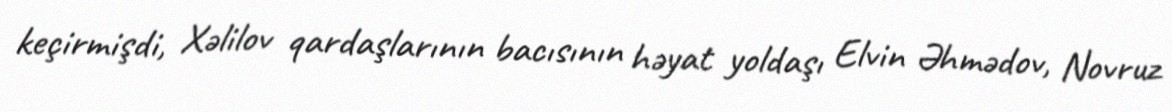
keçirmişdi, Xəlilov qardaşlarının bacısının həyat yoldaşı Elvin Əhmədov, Novruz